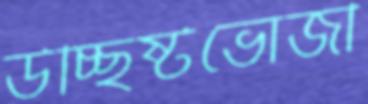
উচ্ছিষ্টভোজী